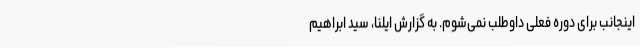
اینجانب برای دوره فعلی داوطلب نمی‌شوم. به گزارش ایلنا، سید ابراهیم